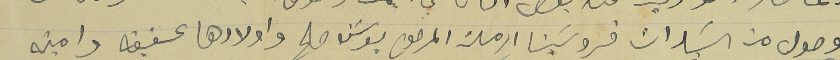
وصول من السيدات فروسينا ارملة المرحوم يوسف صالح واولادها عفيفه وامينه